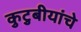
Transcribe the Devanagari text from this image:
कुटुबीयांचे